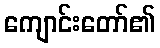
ကျောင်းတော်၏